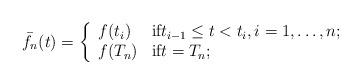
LaTeX: \begin{align*}\bar{f}_n(t)=\left\{\begin{array}{ll}f(t_i)&\textnormal{if} t_{i-1}\leq t<t_i,i=1,\dots,n;\\f(T_n) & \textnormal{if}t=T_n;\end{array}\right.\end{align*}